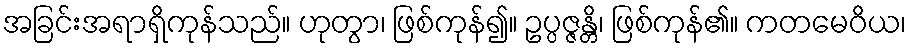
အခြင်းအရာရှိကုန်သည်။ ဟုတွာ၊ ဖြစ်ကုန်၍။ ဥပ္ပဇ္ဇန္တိ၊ ဖြစ်ကုန်၏။ ကတမေဝိယ၊